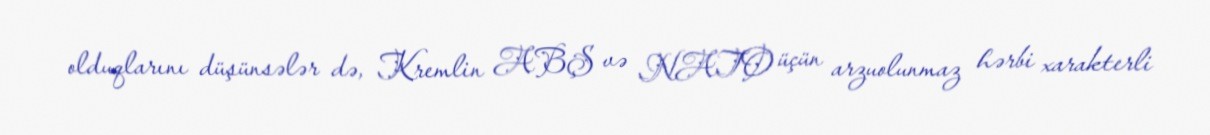
olduqlarını düşünsələr də, Kremlin ABŞ və NATO üçün arzuolunmaz hərbi xarakterli